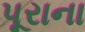
પૂરાના